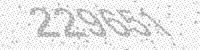
Solution: 229651